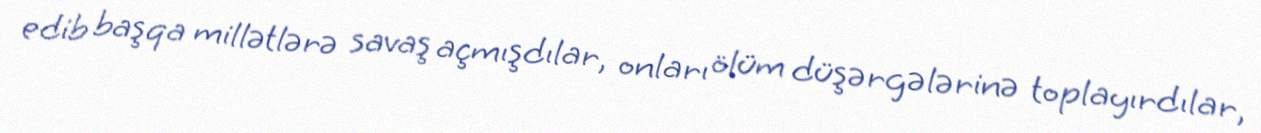
edib başqa millətlərə savaş açmışdılar, onları ölüm düşərgələrinə toplayırdılar,